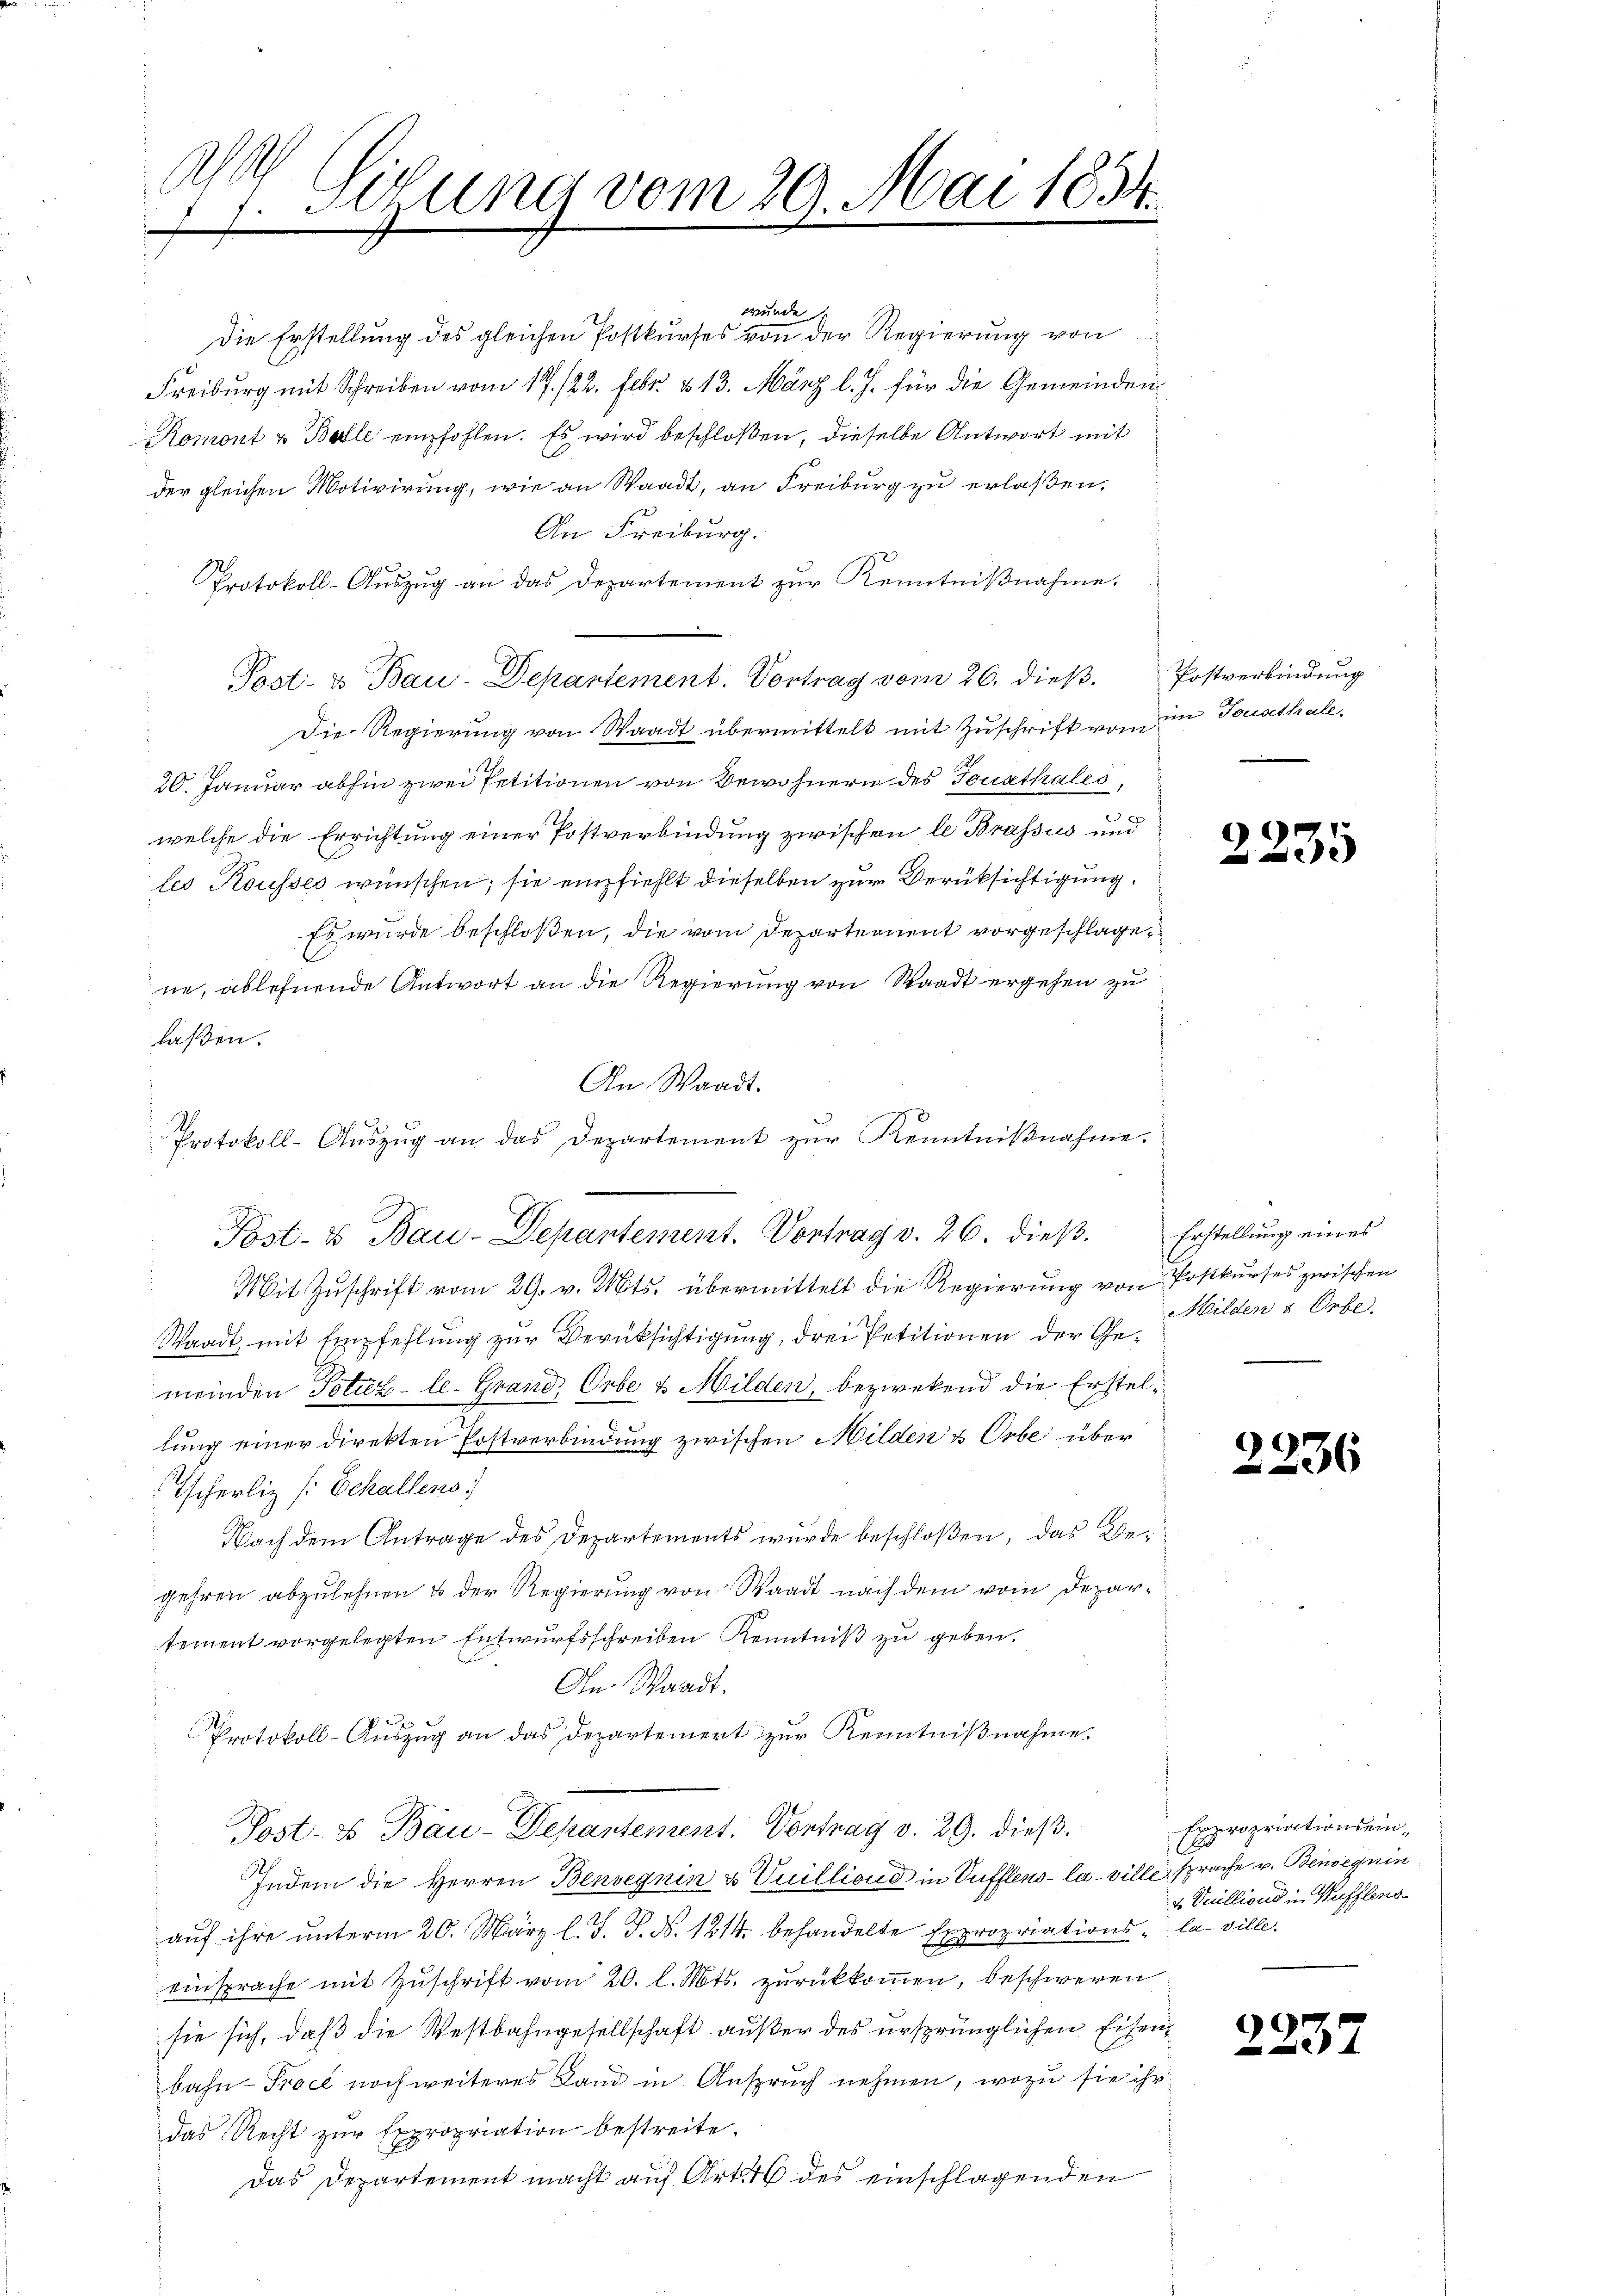
A
1. Sitzung vom 20. Mai 1834.
f

wurde
Die Erstellung des gleichen Postkurses von der Regierung von
Freiburg mit Schreiben vom 17. 122. Febr. & 13. März l. J. für die Gemeinden¬
Komont u Balle empfohlen. Es wird beschloßen, dieselbe Antwort mit
der gleichen Motivirung, wie an Waadt, an Freiburg zu erlaßen.
An Freiburg.
Protokoll-Auszug an das Departement zur Kenntnißnahme.
Post- u Bau-Departement. Vortrag vom 26. dieß. Postverbindung
Die Regierung von Waadt übermittelt mit Zuschrift von in Tousthale
20. Januar abhin zwei Petitionen von Bewohnern des Tousthales,
u
welche die Errichtung einer Postverbindung zwischen le Brassus und
les Kousses wünschen; sie empfiehlt dieselben zur Berüksichtigung.
Es wurde beschloßen, die vom Departernent vorgeschlage,
ne, ablehnende Antwort an die Regierung von Waadt ergehen zu
laßen.
An Waadt.
Protokoll-Aŭszŭg an das Departement zŭr Kenntniβnahme.
Post- & Bau-Depantement. Vortrag v. 26. dieß. Erstellung eines
Mit Zuschrift vom 29. v. Mts. übermittelt die Regierung von Postkurses zwischen
Waadt, mit Empfehlung zur Verüksichtigung, drei Petitionen der Gemeinden Potiz - le-Grand, Orbe & Milden, bezwekend die Erstellung einer Direkten Postverbindung zwischen Milden & Orbe über
Tscherliz [Echallens:
Nach dem Antrage des Departements wurde beschloßen, das Begehren abzulehnen & der Regierung von Waadt nach dem vom Departernent vorgelegten Entwurfsschreiben Kenntniß zu geben.
An Waadt.
Protokoll-Auszug an das Departeniert zur Kenntnißnahme.
Post- & Bau-Departement. Vortrag v. 29. dieß.
Indem die Herren Benvegnin & Vuillione in Sufflens- la ville sprache v. Beiseguin
auf ihre unterm 20. März l. J. J. N. 1214. behandelte Expropriations - la ville.
einsprache mit Zuschrift vom 20. l. Mts. zurückkommen, beschweren
sie sich, daß die Westbahngesellschaft außer des ursprünglichen Eisenbahn-Trace noch weiteres Land in Anspruch nehmen, wozu sie ihr
das Recht zur Expropriation bestreite.
Das Departement macht auf Art. 46 des einschlagenden

2235

Milden & Orbe.

2236

Expropriationsein,
2. Veillions in Wufflens

C
.